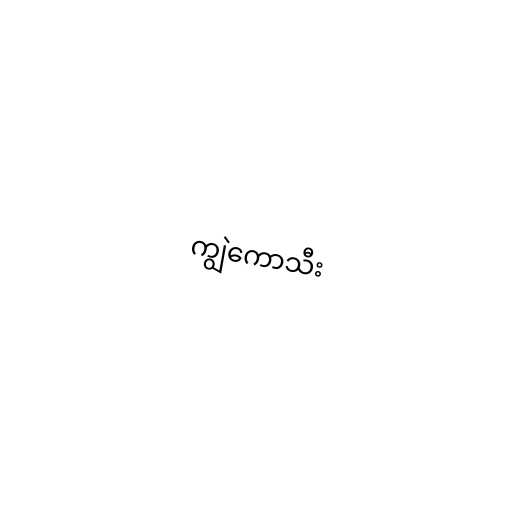
ကျွဲကောသီး